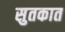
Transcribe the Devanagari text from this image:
सुतकात